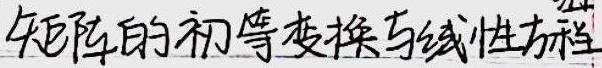
矩阵的初等变换与线性方程